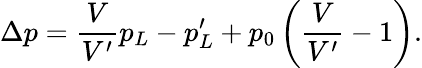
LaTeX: \Delta p=\frac{V}{V^{\prime}}p_{L}-p_{L}^{\prime}+p_{0}\left(\frac{V}{V^{\prime}}-1\right).